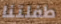
طفلتنا